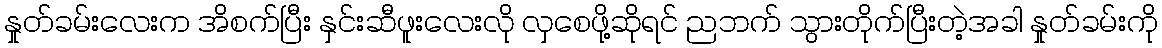
နှုတ်ခမ်းလေးက အိစက်ပြီး နှင်းဆီဖူးလေးလို လှစေဖို့ဆိုရင် ညဘက် သွားတိုက်ပြီးတဲ့အခါ နှုတ်ခမ်းကို